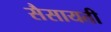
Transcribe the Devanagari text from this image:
सैसायती